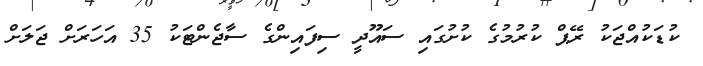
ކުޑަކުއްޖަކު ރޭޕް ކުރުމުގެ ކުށުގައި ސައޫދީ ސިފައިންގެ ސާޖެންޓަކު 35 އަހަރަށް ޖަލަށް